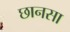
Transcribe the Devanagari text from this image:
छानसा